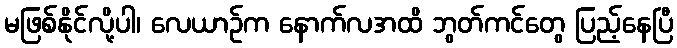
မဖြစ်နိုင်လို့ပါ၊ လေယာဉ်က နောက်လအထိ ဘွတ်ကင်တွေ ပြည့်နေပြီ